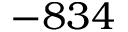
- 8 3 4